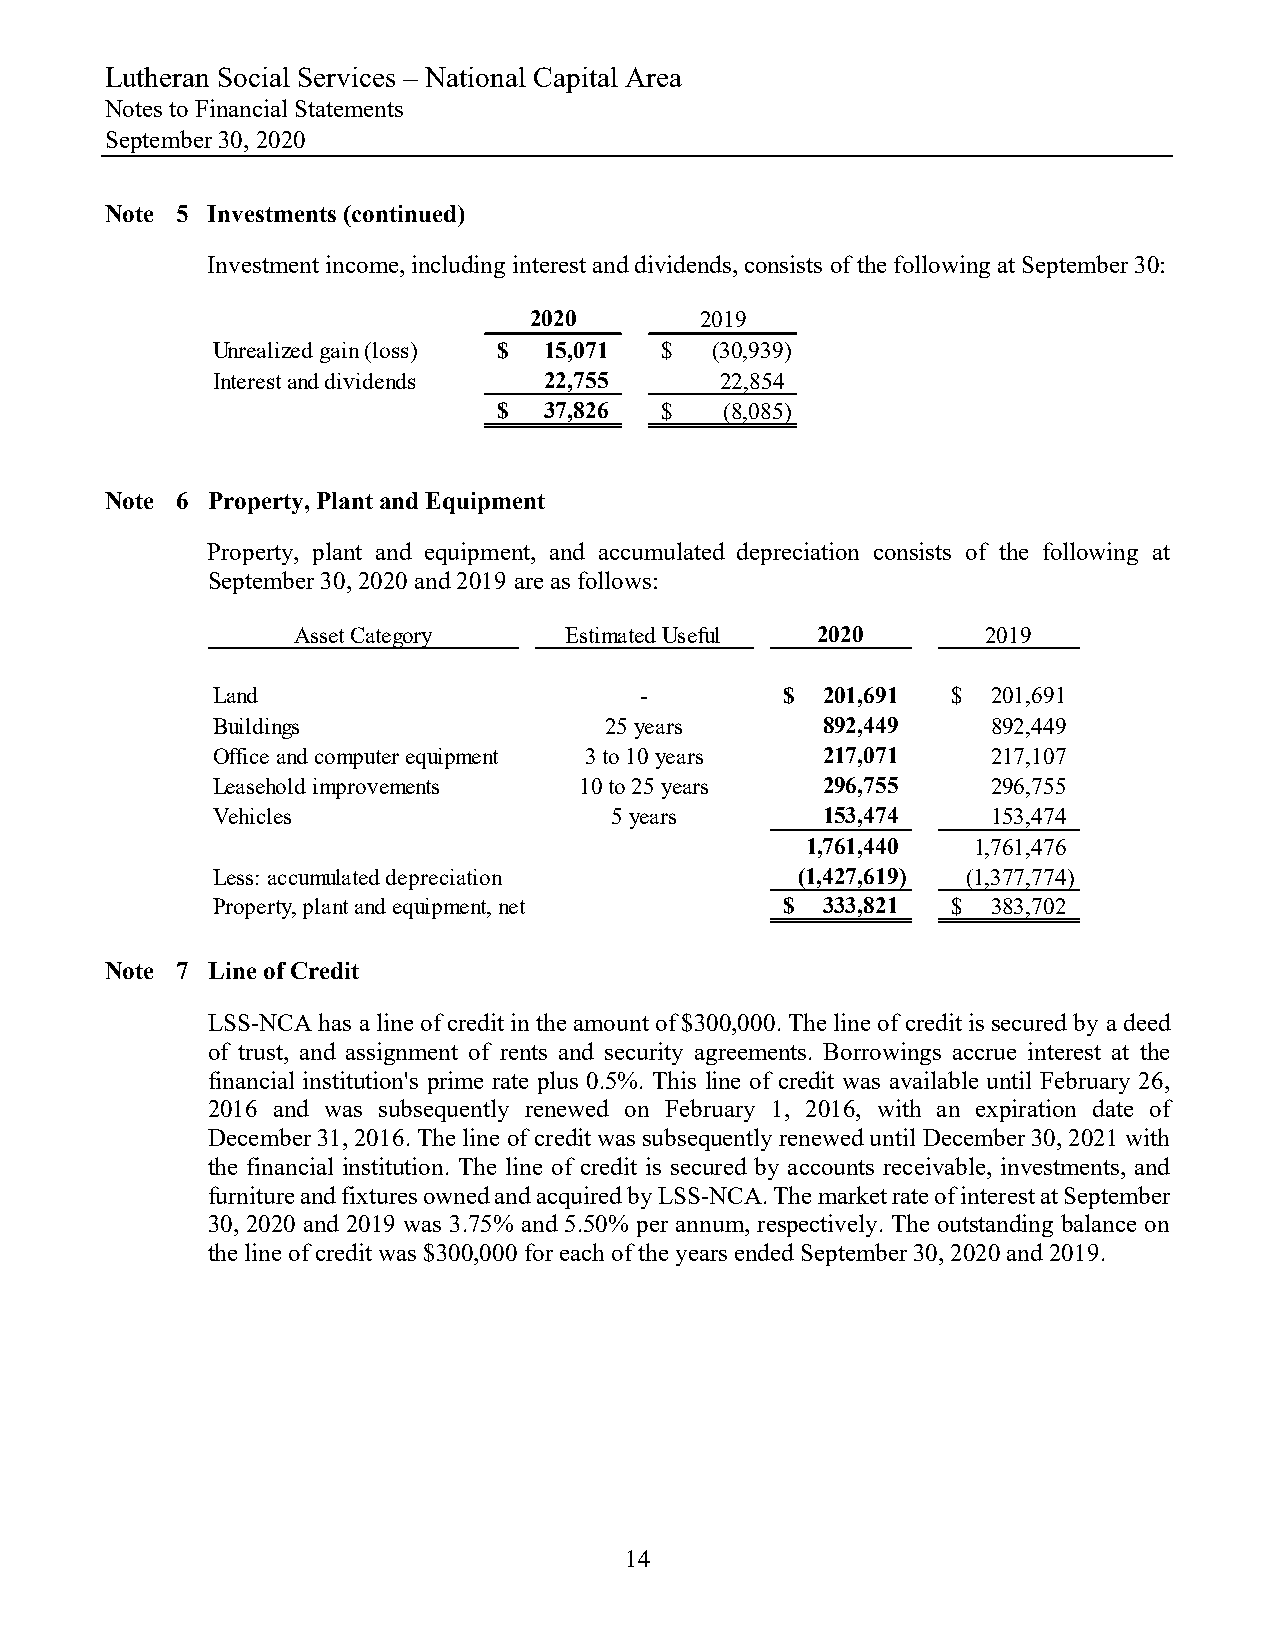
Lutheran Social Services – National Capital Area
 Notes to Financial Statements
 September 30, 2020
 Note 5 Investments (continued)
 Investment income, including interest and dividends, consists of the following at September 30:
 2020       2019
 Unrealized gain (loss) $ 15,071 $ (30,939)
 Interest and dividends 22,755     22,854
 $  37,826  $   (8,085)
 Note 6 Property, Plant and Equipment
 Property, plant and equipment, and accumulated depreciation consists of the following at
 September 30, 2020 and 2019 are as follows:
 Asset Category    Estimated Useful 2020       2019
 Land                        -         $  201,691 $  201,691
 Buildings                 25 years       892,449    892,449
 Office and computer equipment 3 to 10 years 217,071 217,107
 Leasehold improvements  10 to 25 years   296,755    296,755
 Vehicles                  5 years        153,474    153,474
 1,761,440  1,761,476
 Less: accumulated depreciation         (1,427,619) (1,377,774)
 Property, plant and equipment, net    $  333,821 $  383,702
 Note 7 Line of Credit
 LSS-NCA has a line of credit in the amount of $300,000. The line of credit is secured by a deed
 of trust, and assignment of rents and security agreements. Borrowings accrue interest at the
 financial institution's prime rate plus 0.5%. This line of credit was available until February 26,
 2016 and was subsequently renewed on February 1, 2016, with an expiration date of
 December 31, 2016. The line of credit was subsequently renewed until December 30, 2021 with
 the financial institution. The line of credit is secured by accounts receivable, investments, and
 furniture and fixtures owned and acquired by LSS-NCA. The market rate of interest at September
 30, 2020 and 2019 was 3.75% and 5.50% per annum, respectively. The outstanding balance on
 the line of credit was $300,000 for each of the years ended September 30, 2020 and 2019.
 14